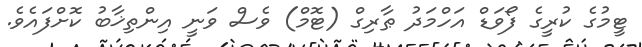
ޓީމުގެ ކުރީގެ ފޯވަޑް އަހްމަދު ޠާރިގް (ޓޮމް) ވެސް ވަނީ އިންތިޚާބު ކޮށްފައެވެ.